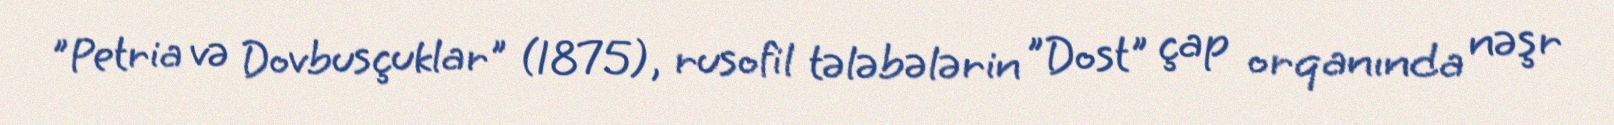
"Petria və Dovbusçuklar" (1875), rusofil tələbələrin "Dost" çap orqanında nəşr